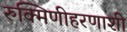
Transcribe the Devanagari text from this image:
रुक्मिणीहरणाशी